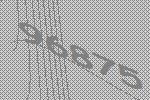
96875